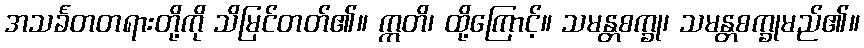
အသင်္ခတတရားတို့ကို သိမြင်တတ်၏။ ဣတိ၊ ထို့ကြောင့်။ သမန္တစက္ခု၊ သမန္တစက္ခုမည်၏။